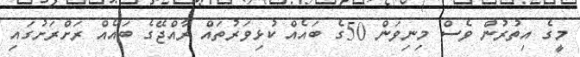
މީގެ އިތުރުން ވެސް މިނިވަން 50ގެ ބައެއް ކުޅިވަރުތައް ރާއްޖޭގެ ބައެއް ރަށްރަށުގައި